Bréfritari: Aðalbjartur Bjarnason (Albert Arnason)
Dagsetning: A-1890-03-02
Skrifað á: Vesturheimi

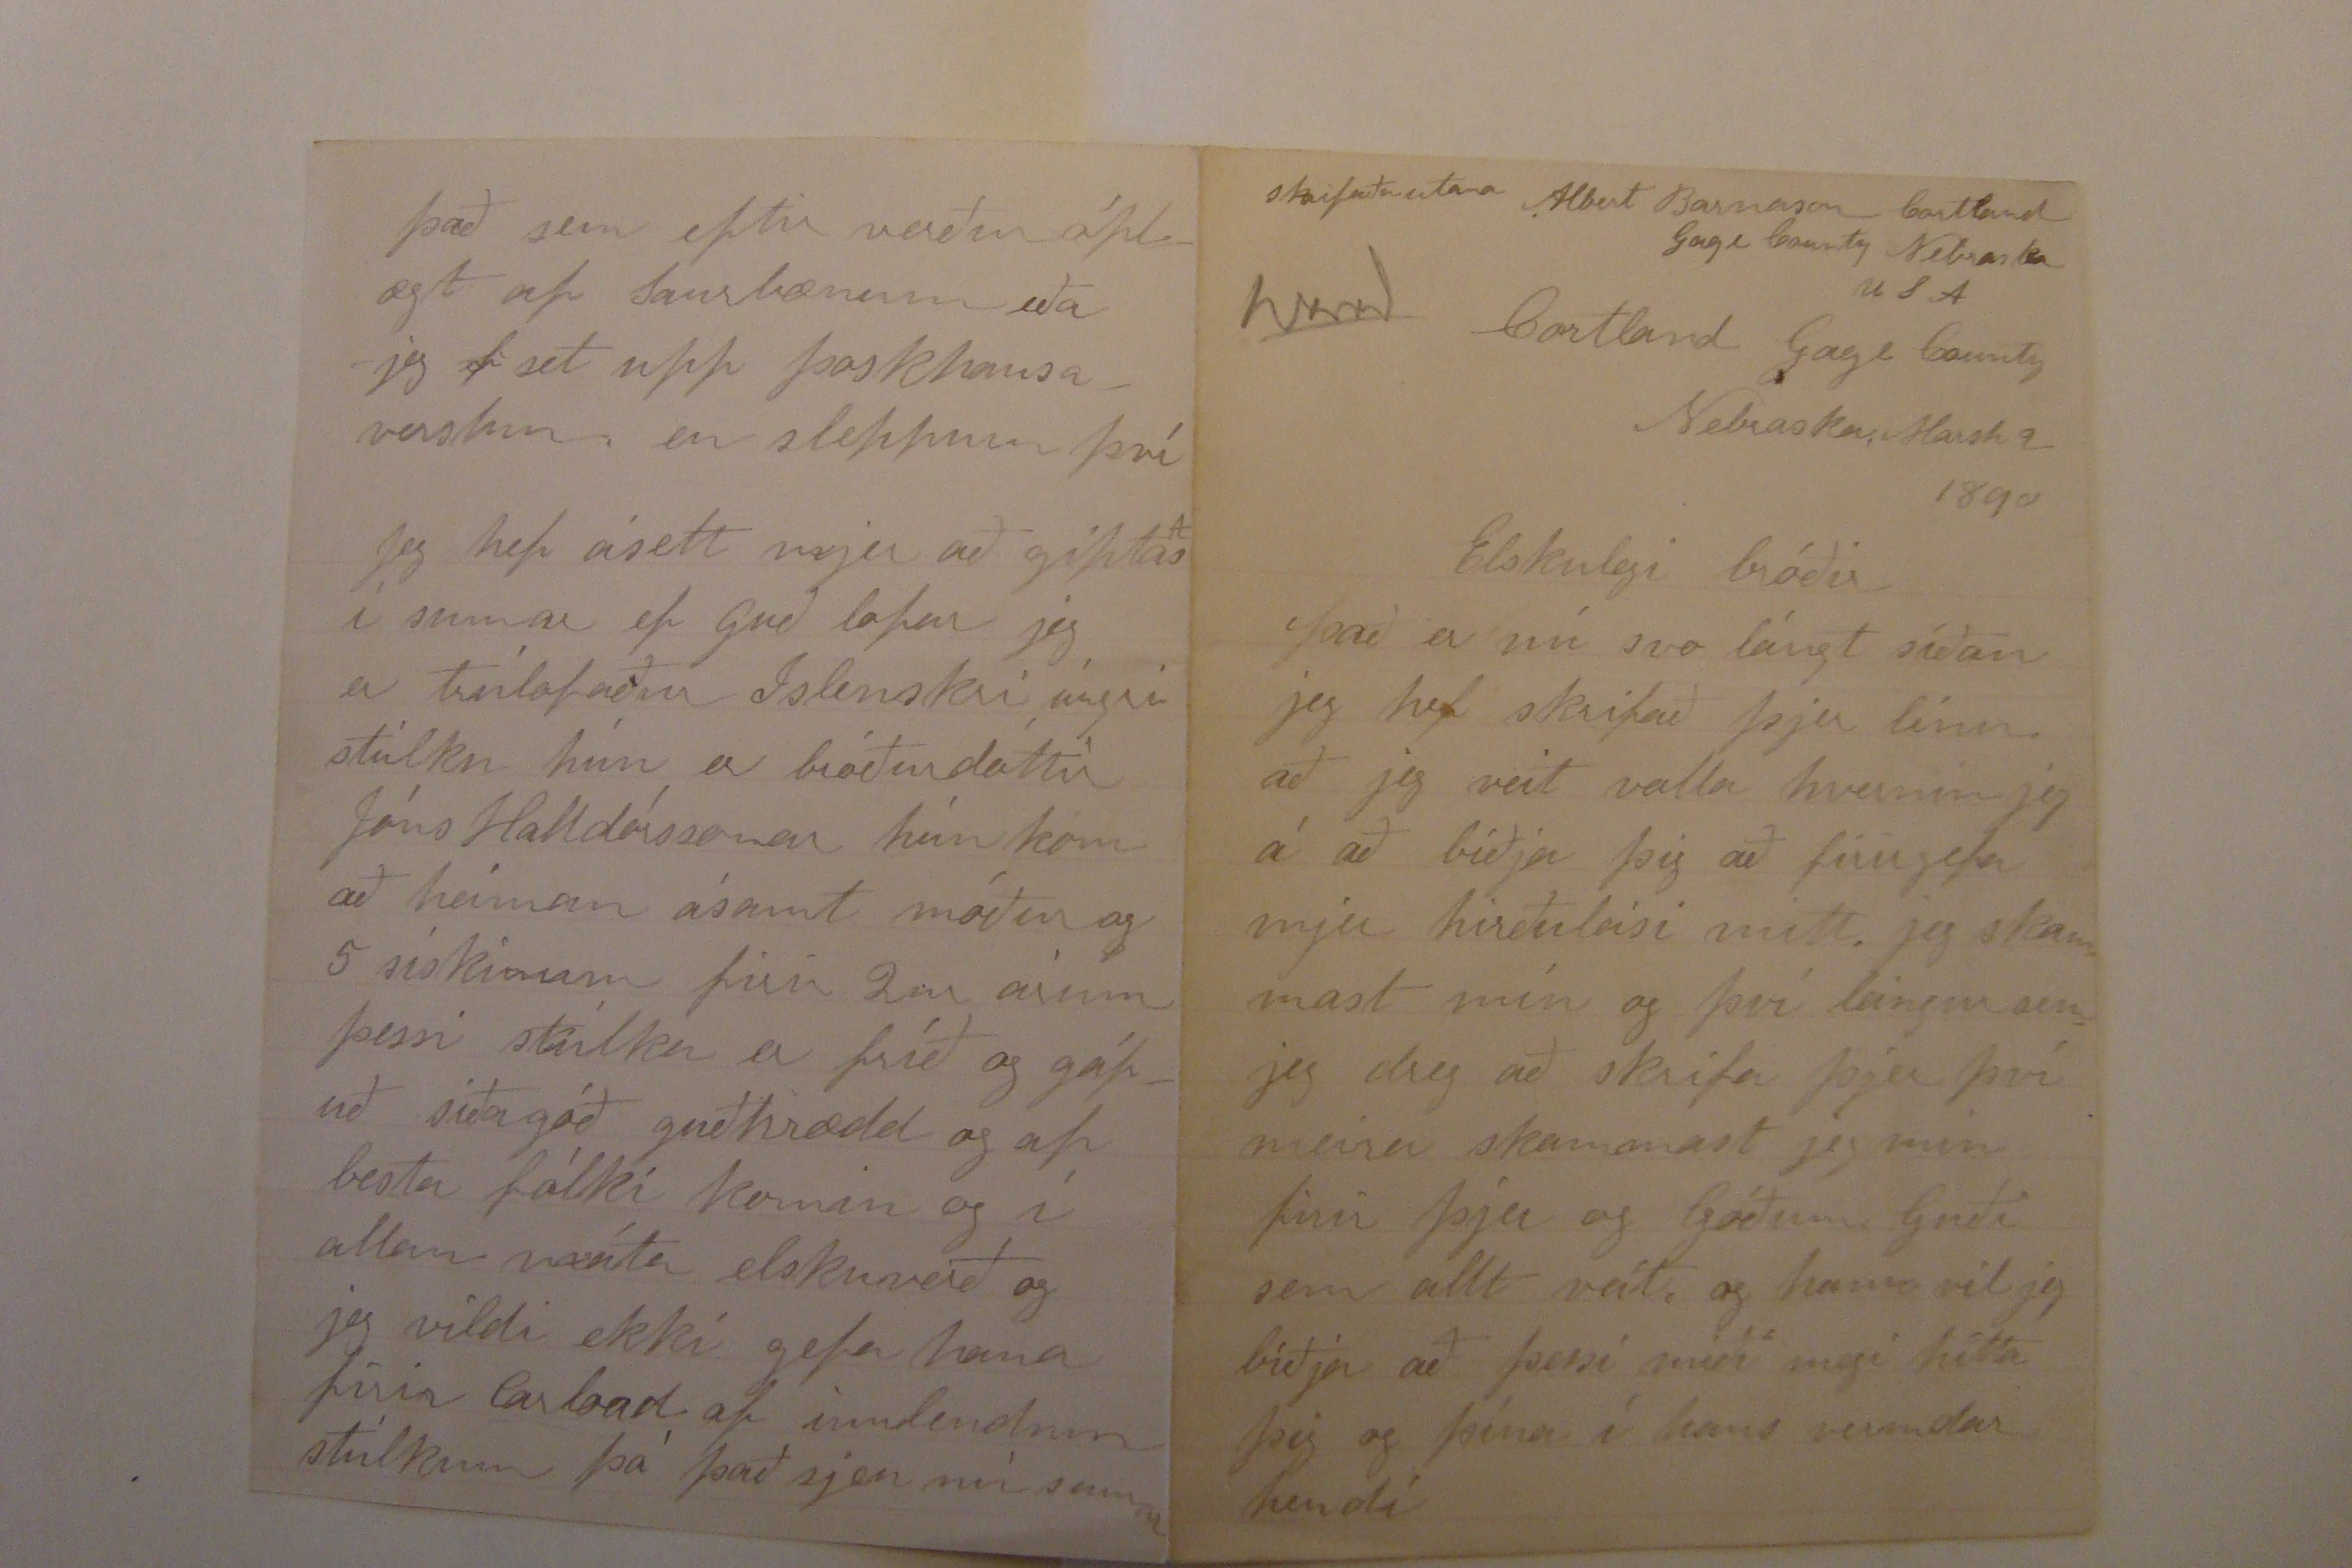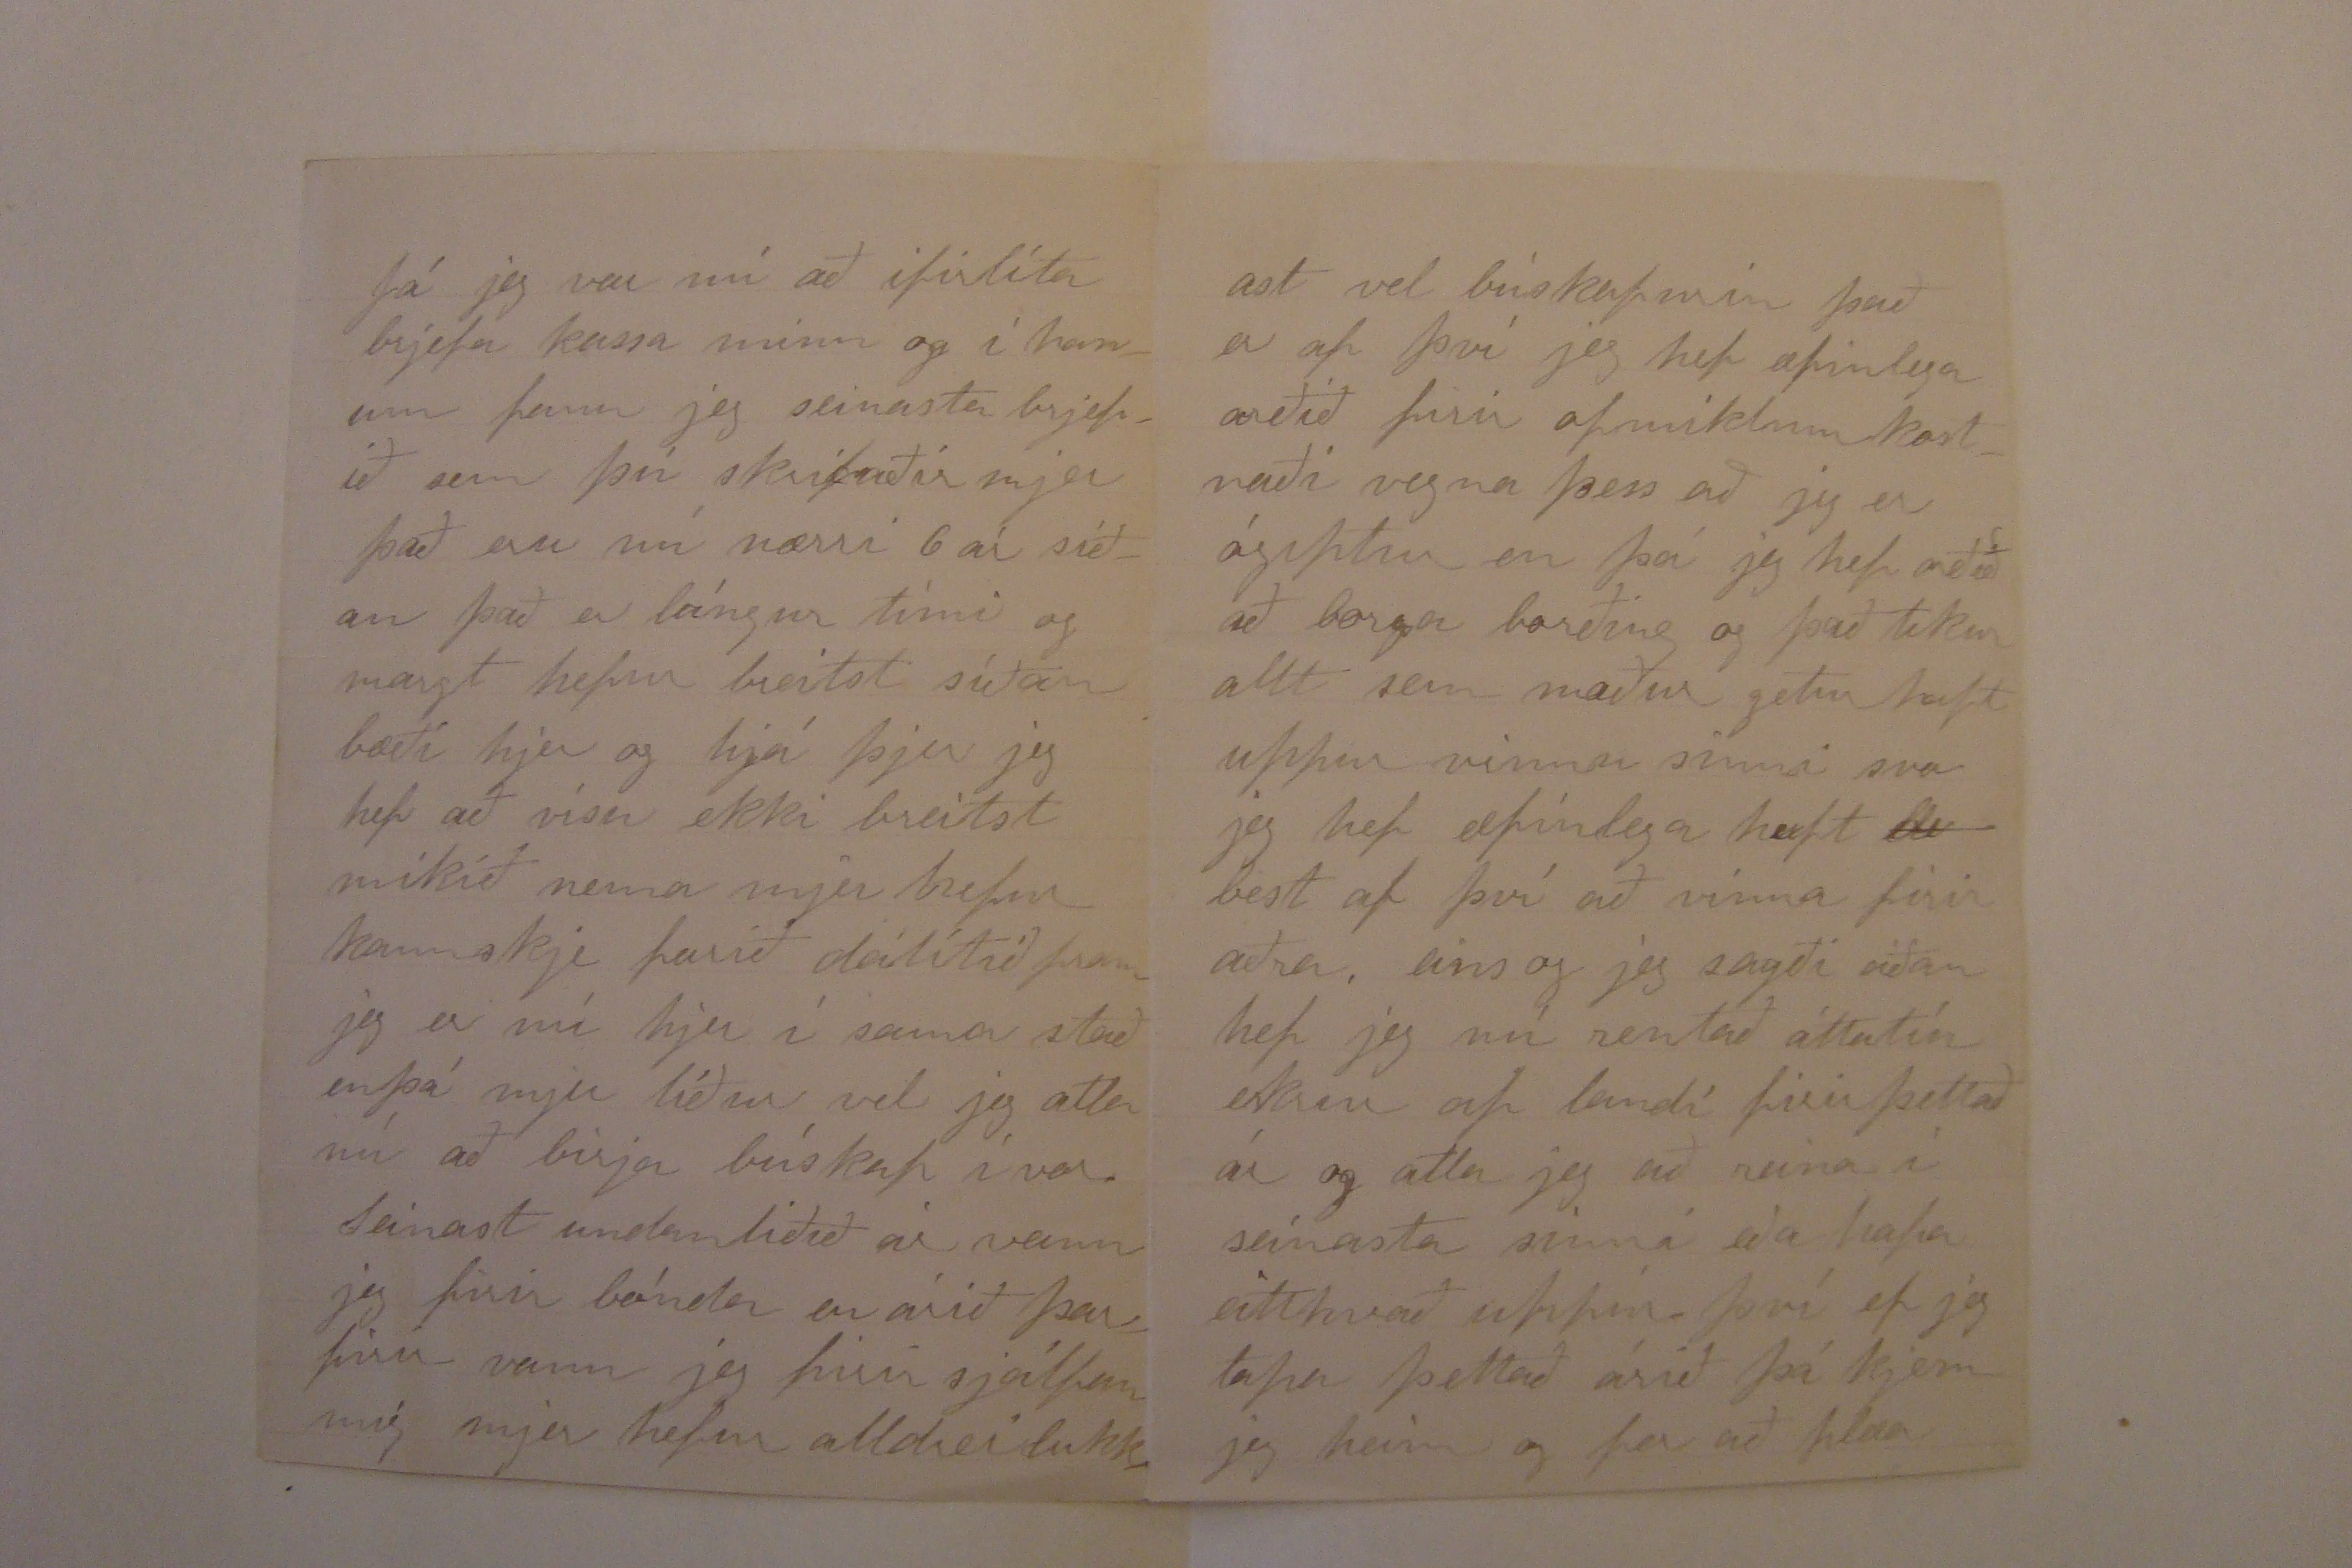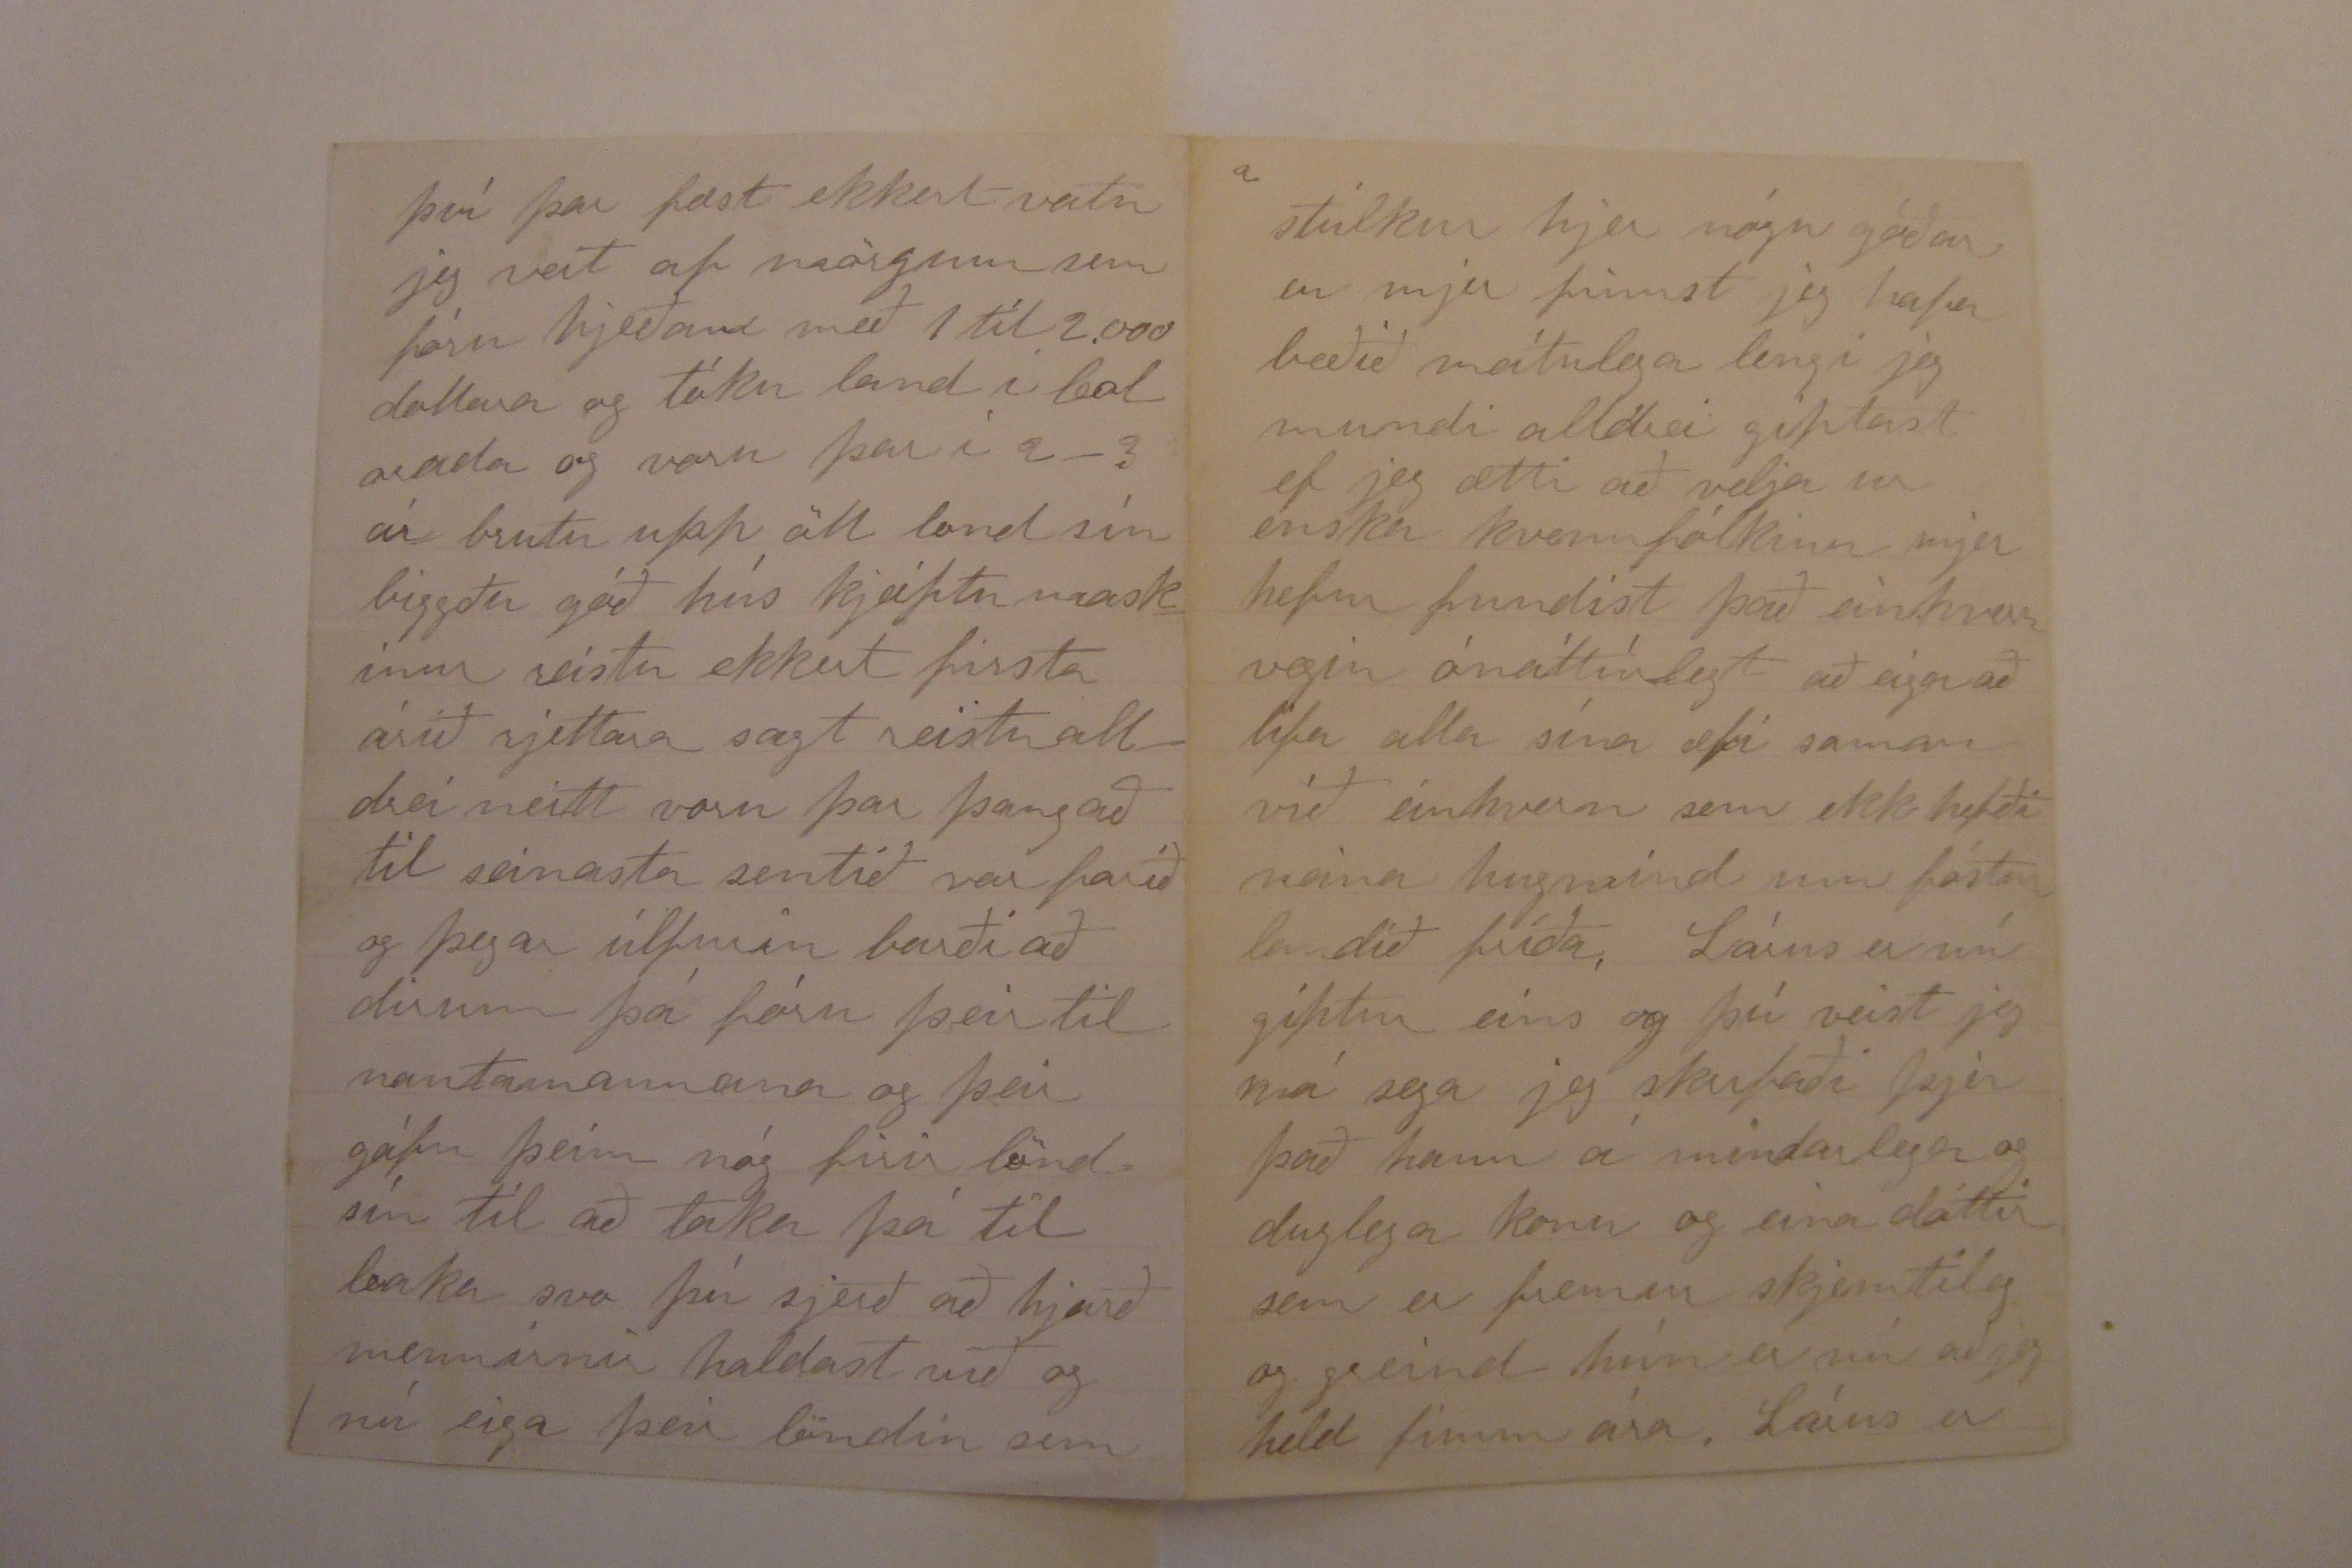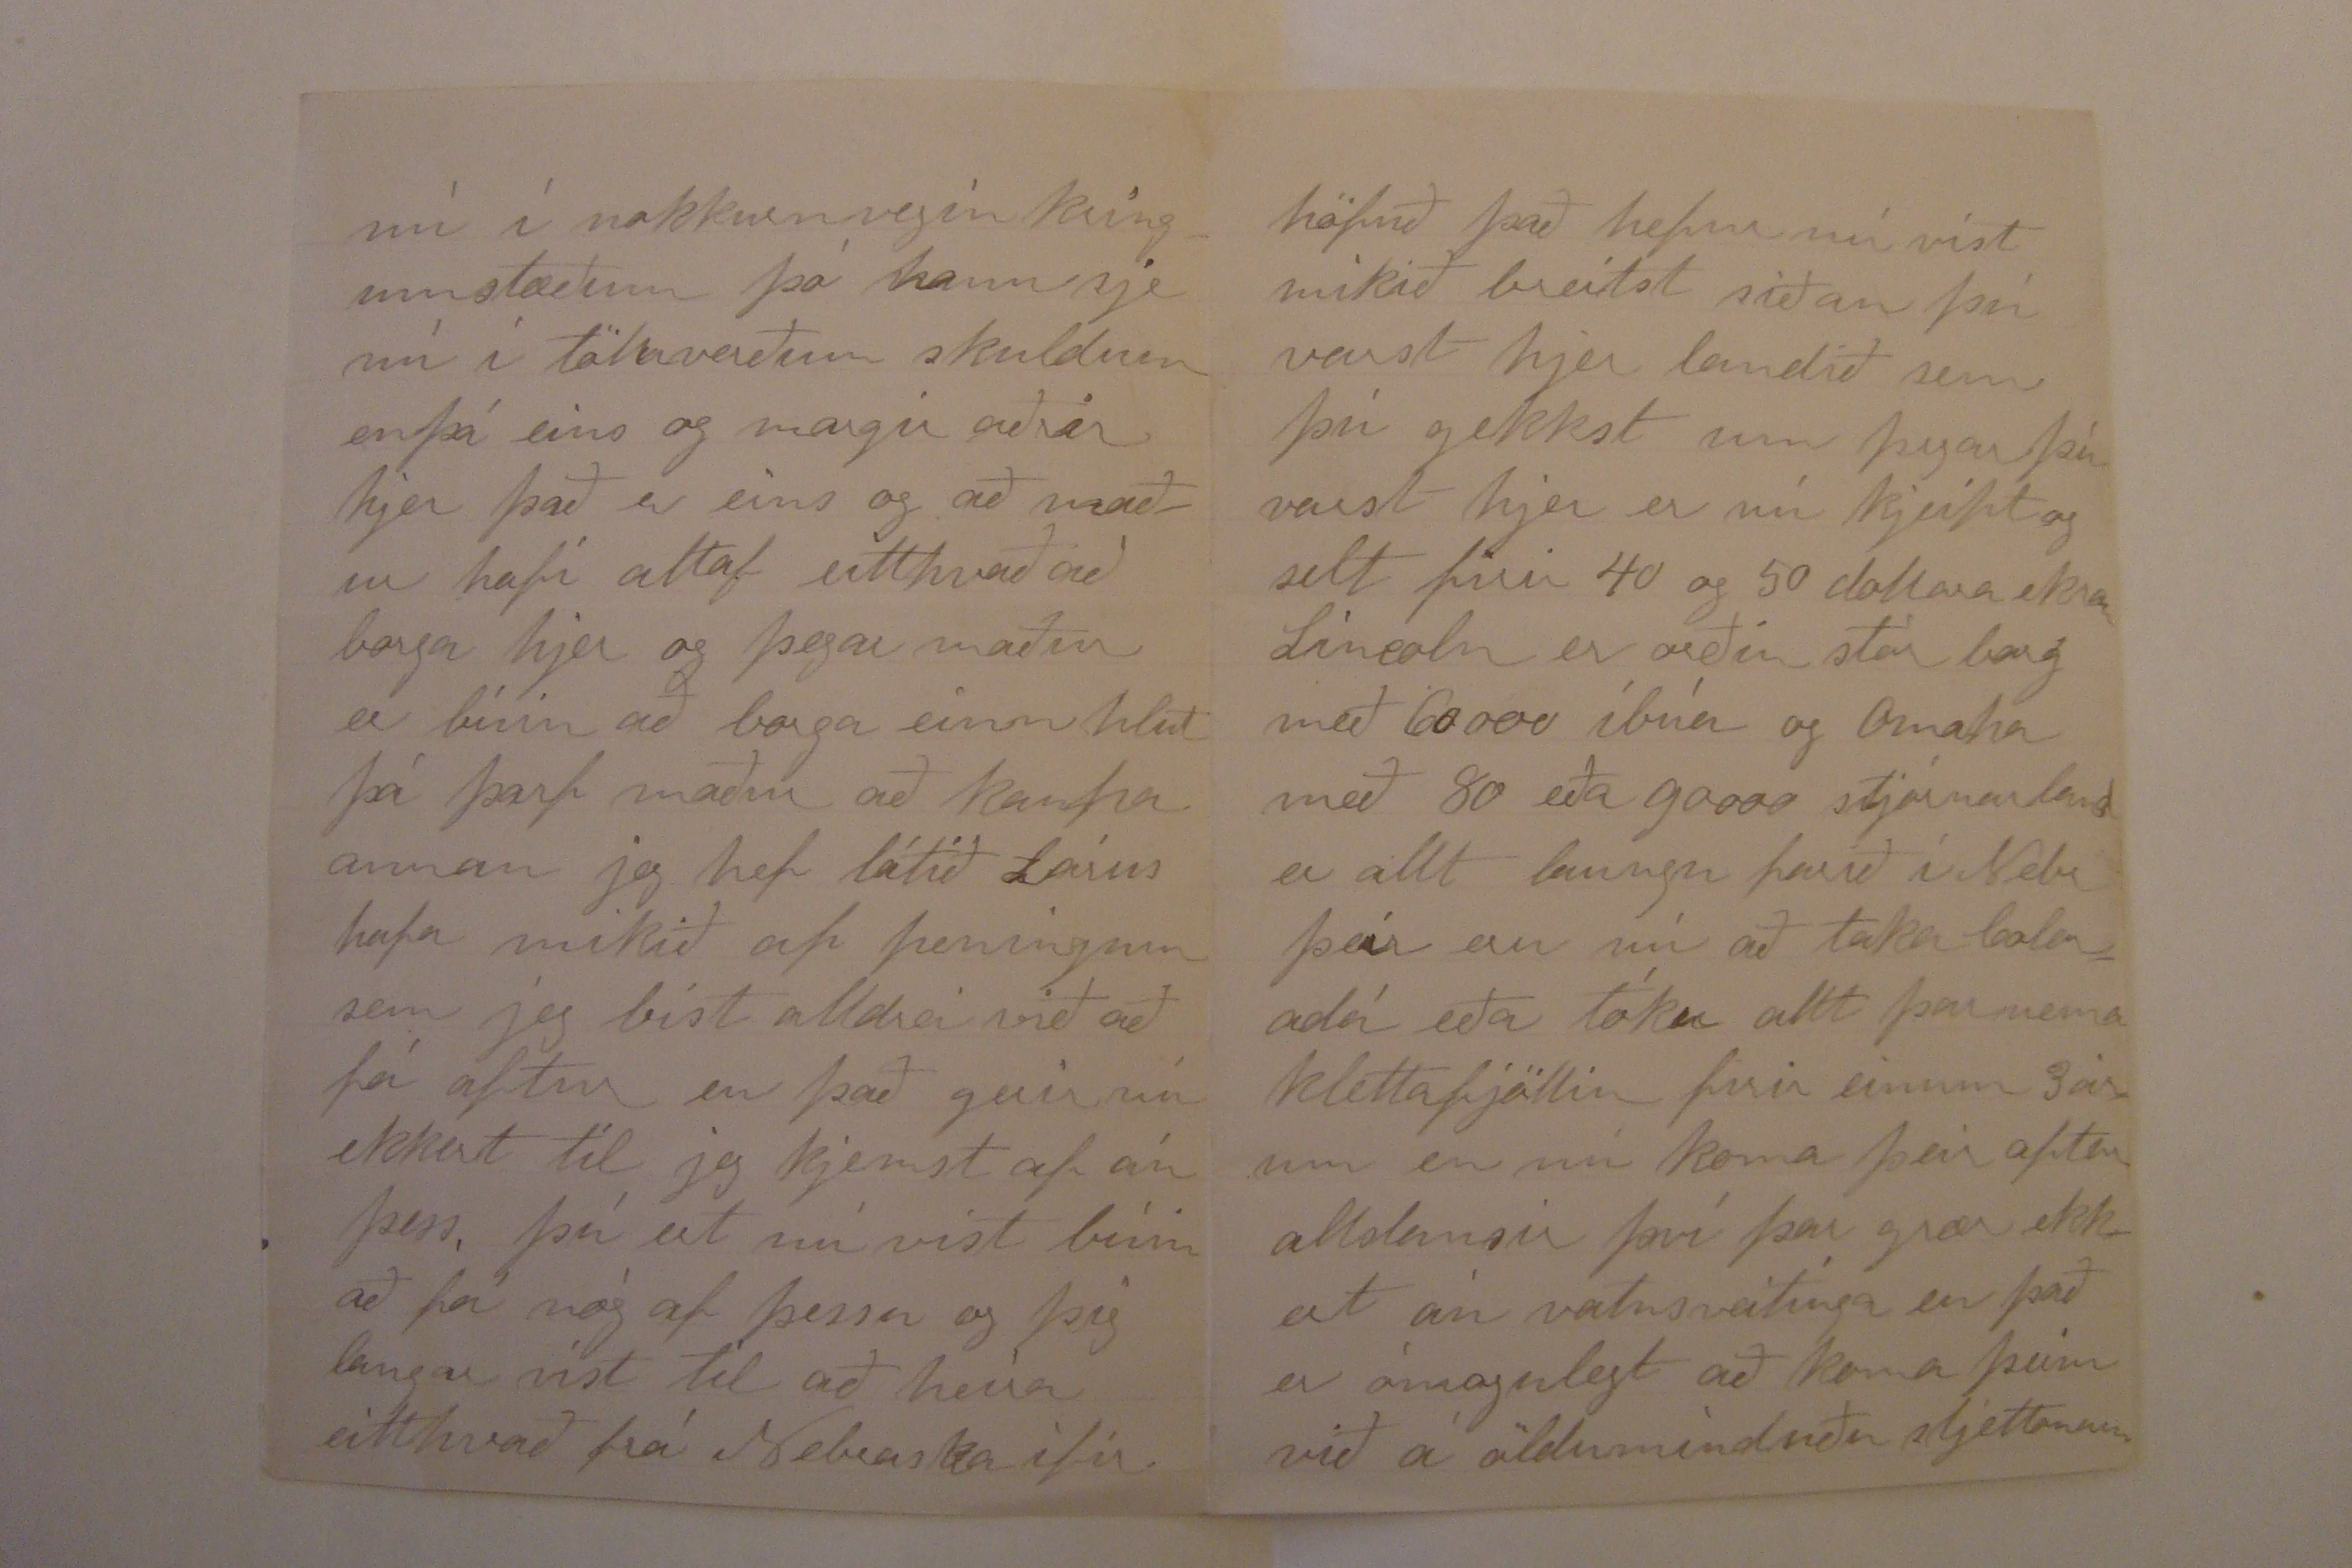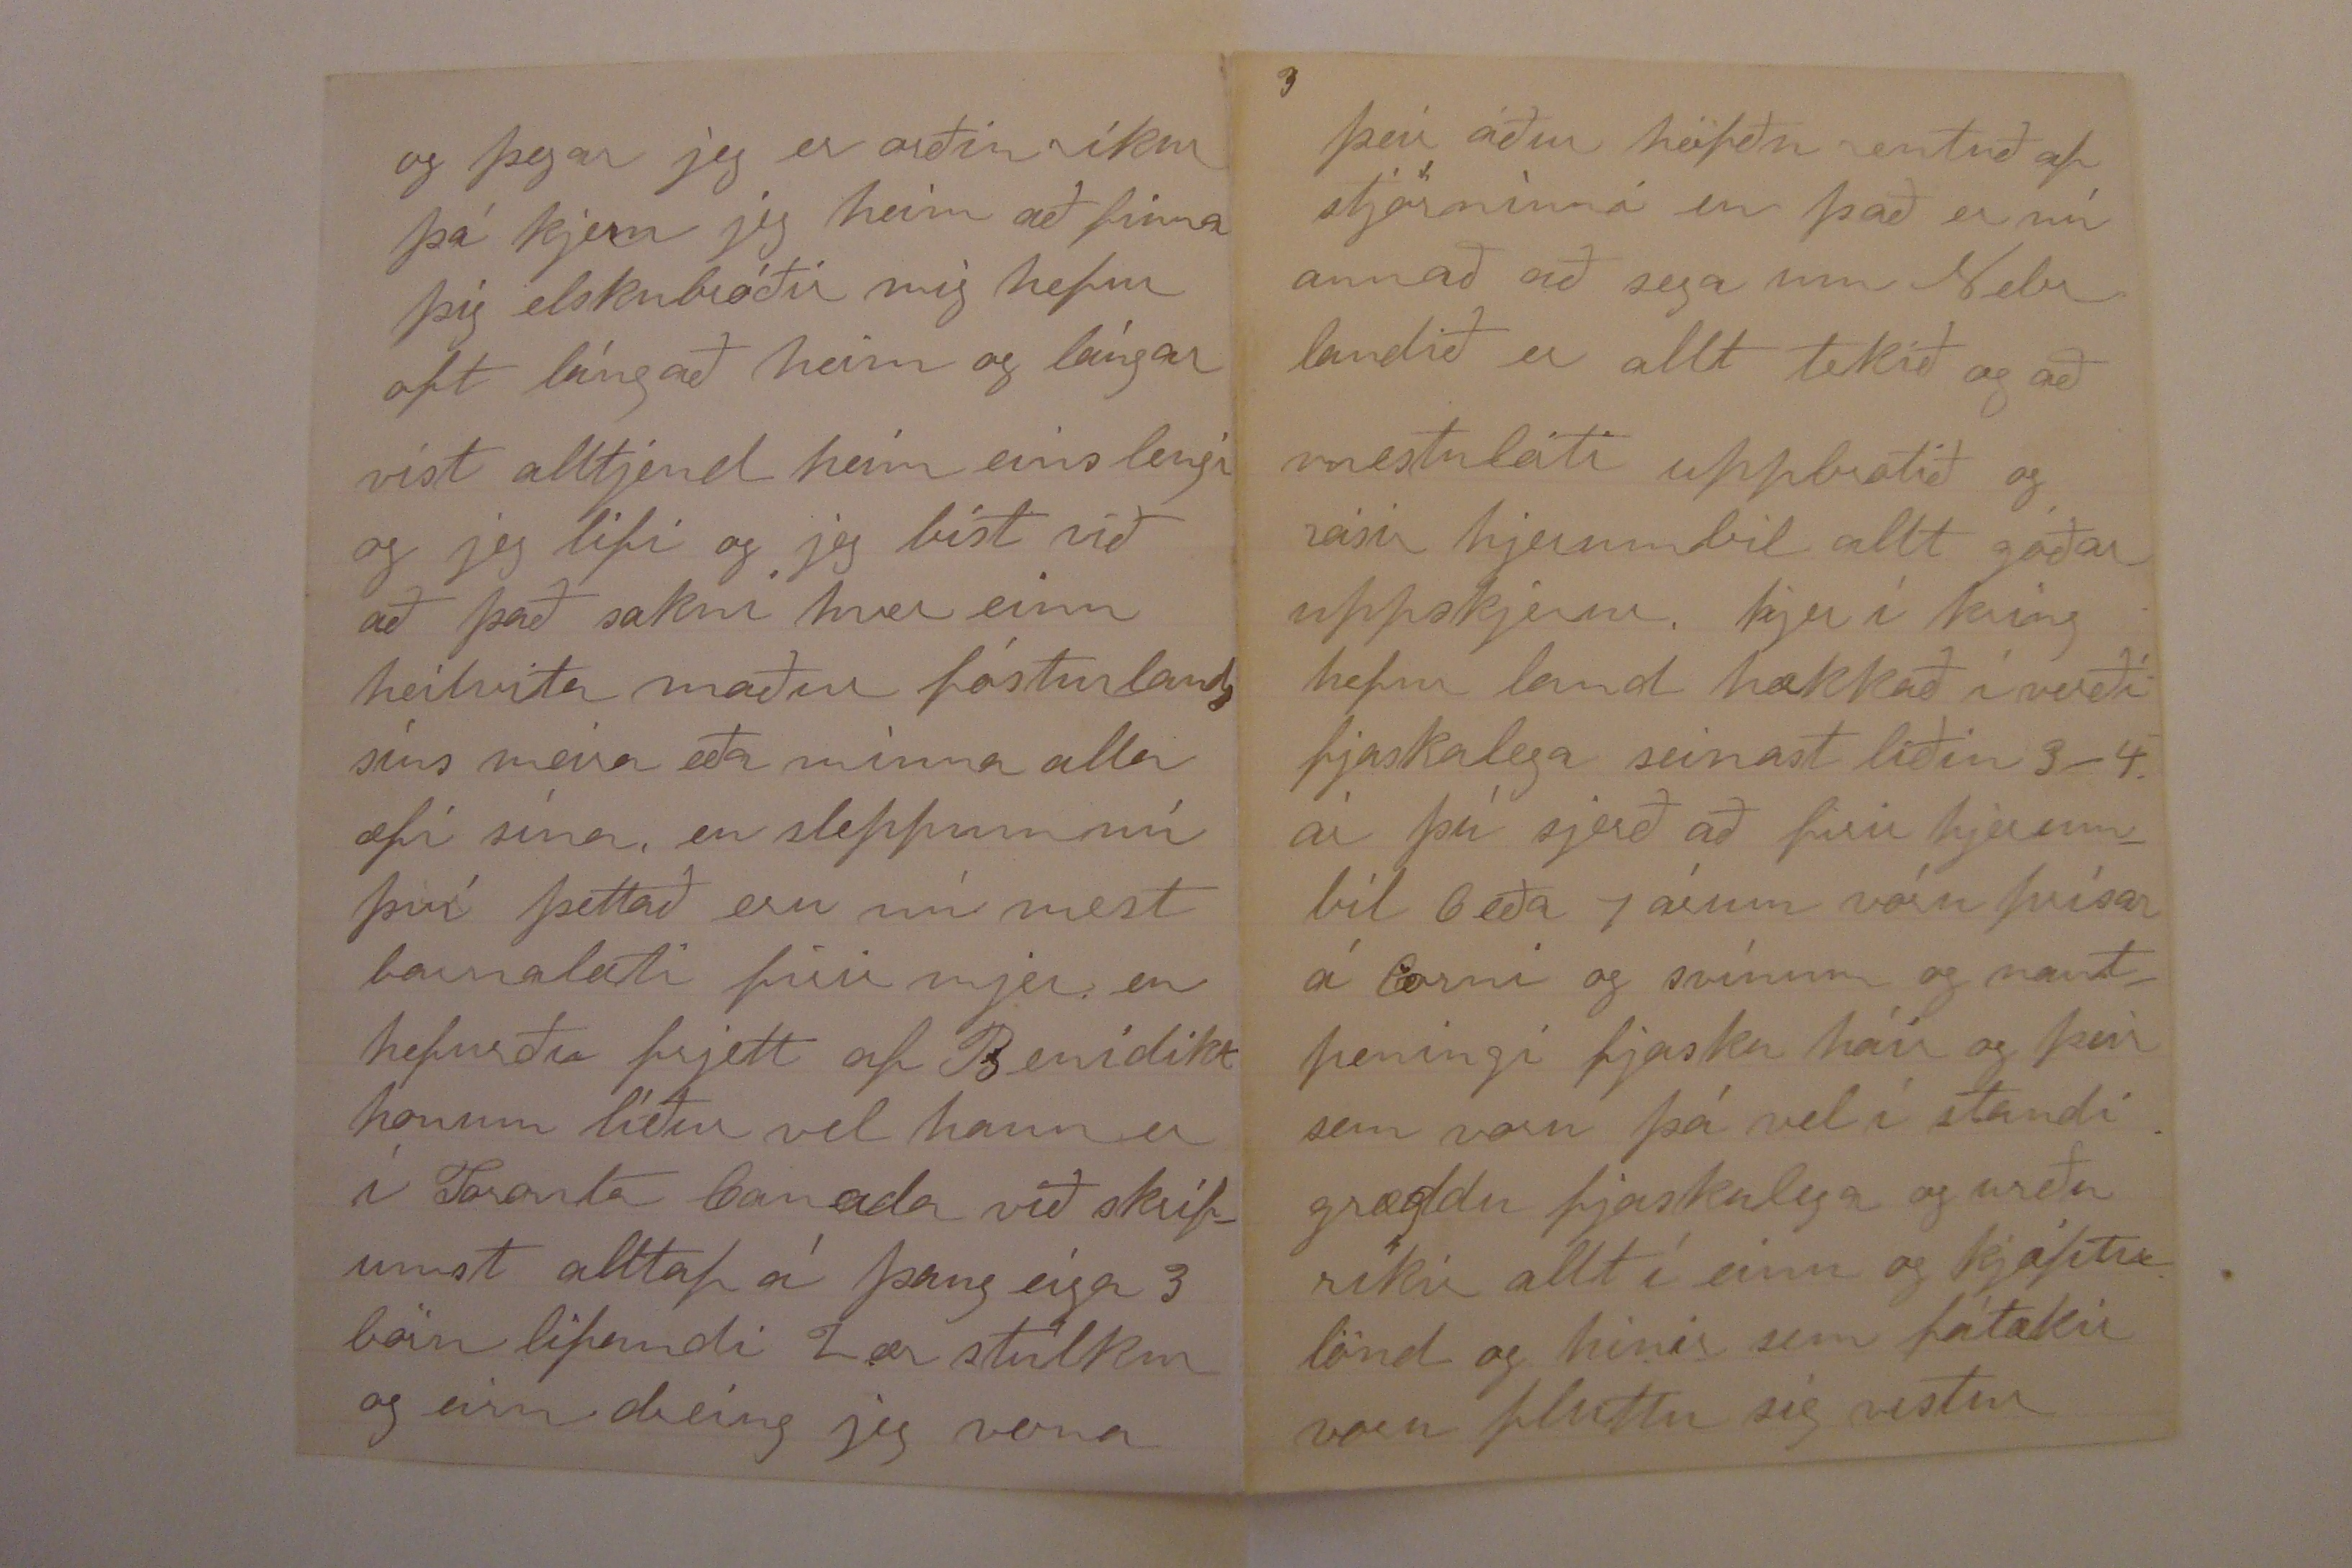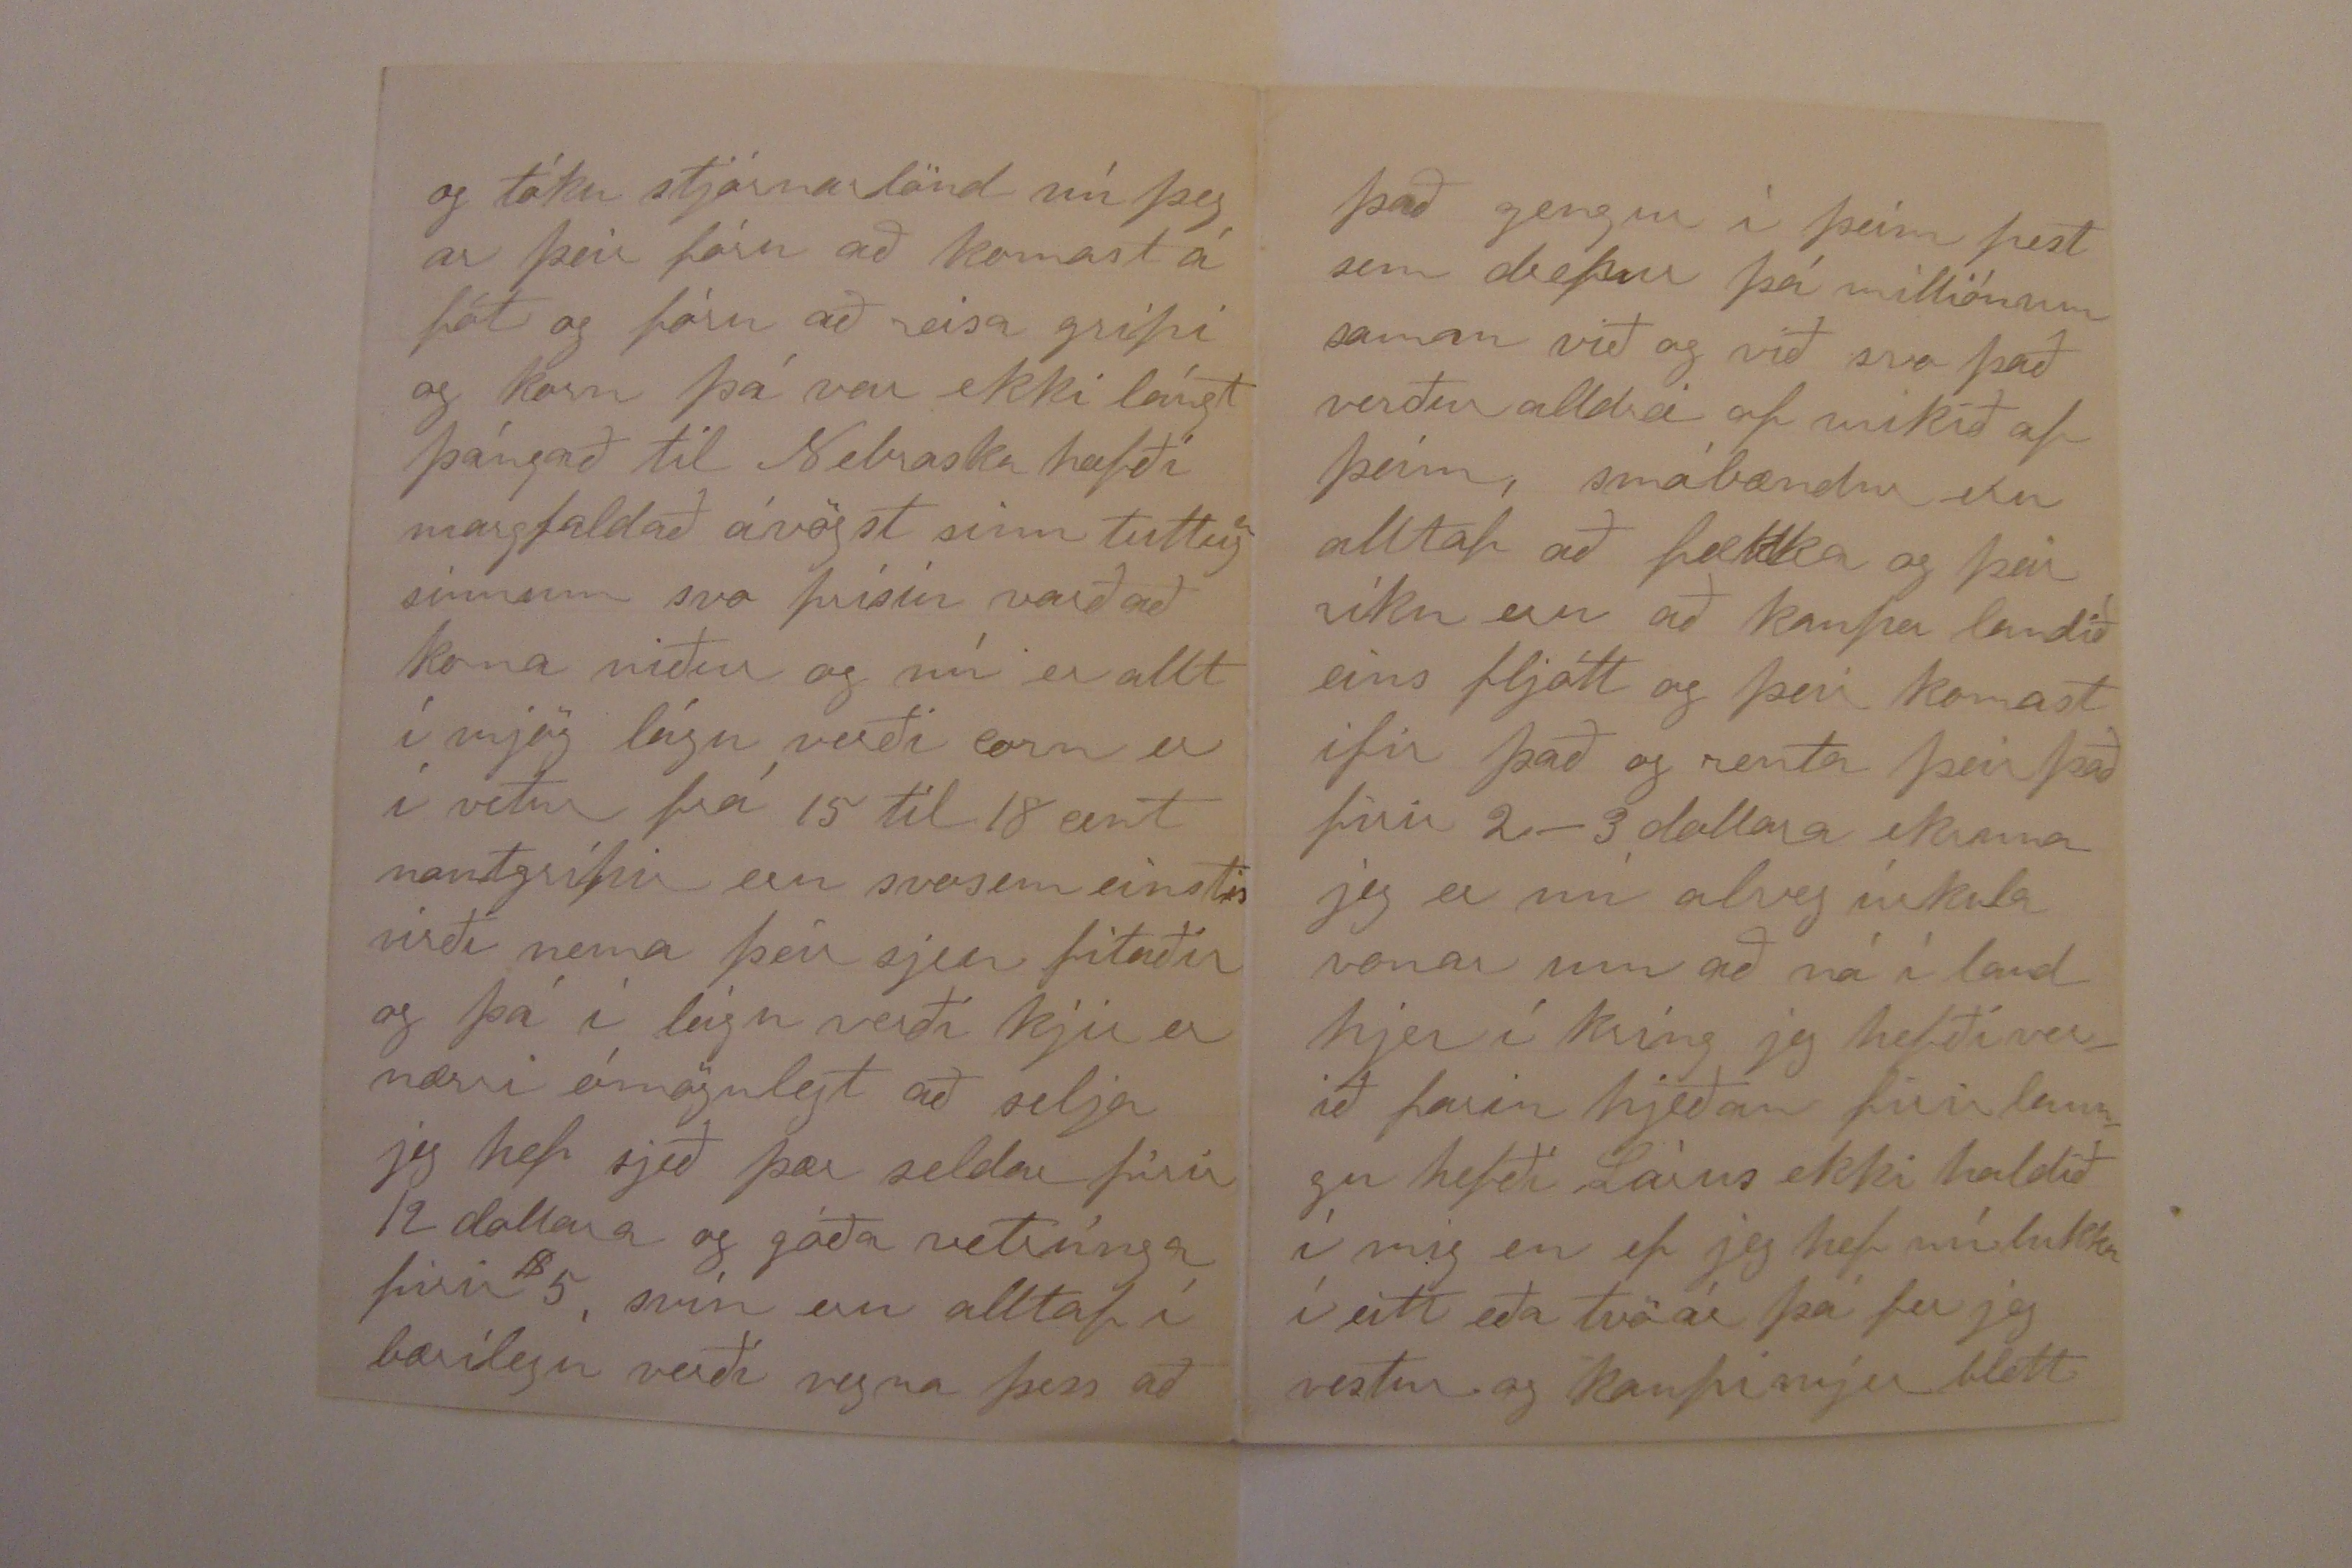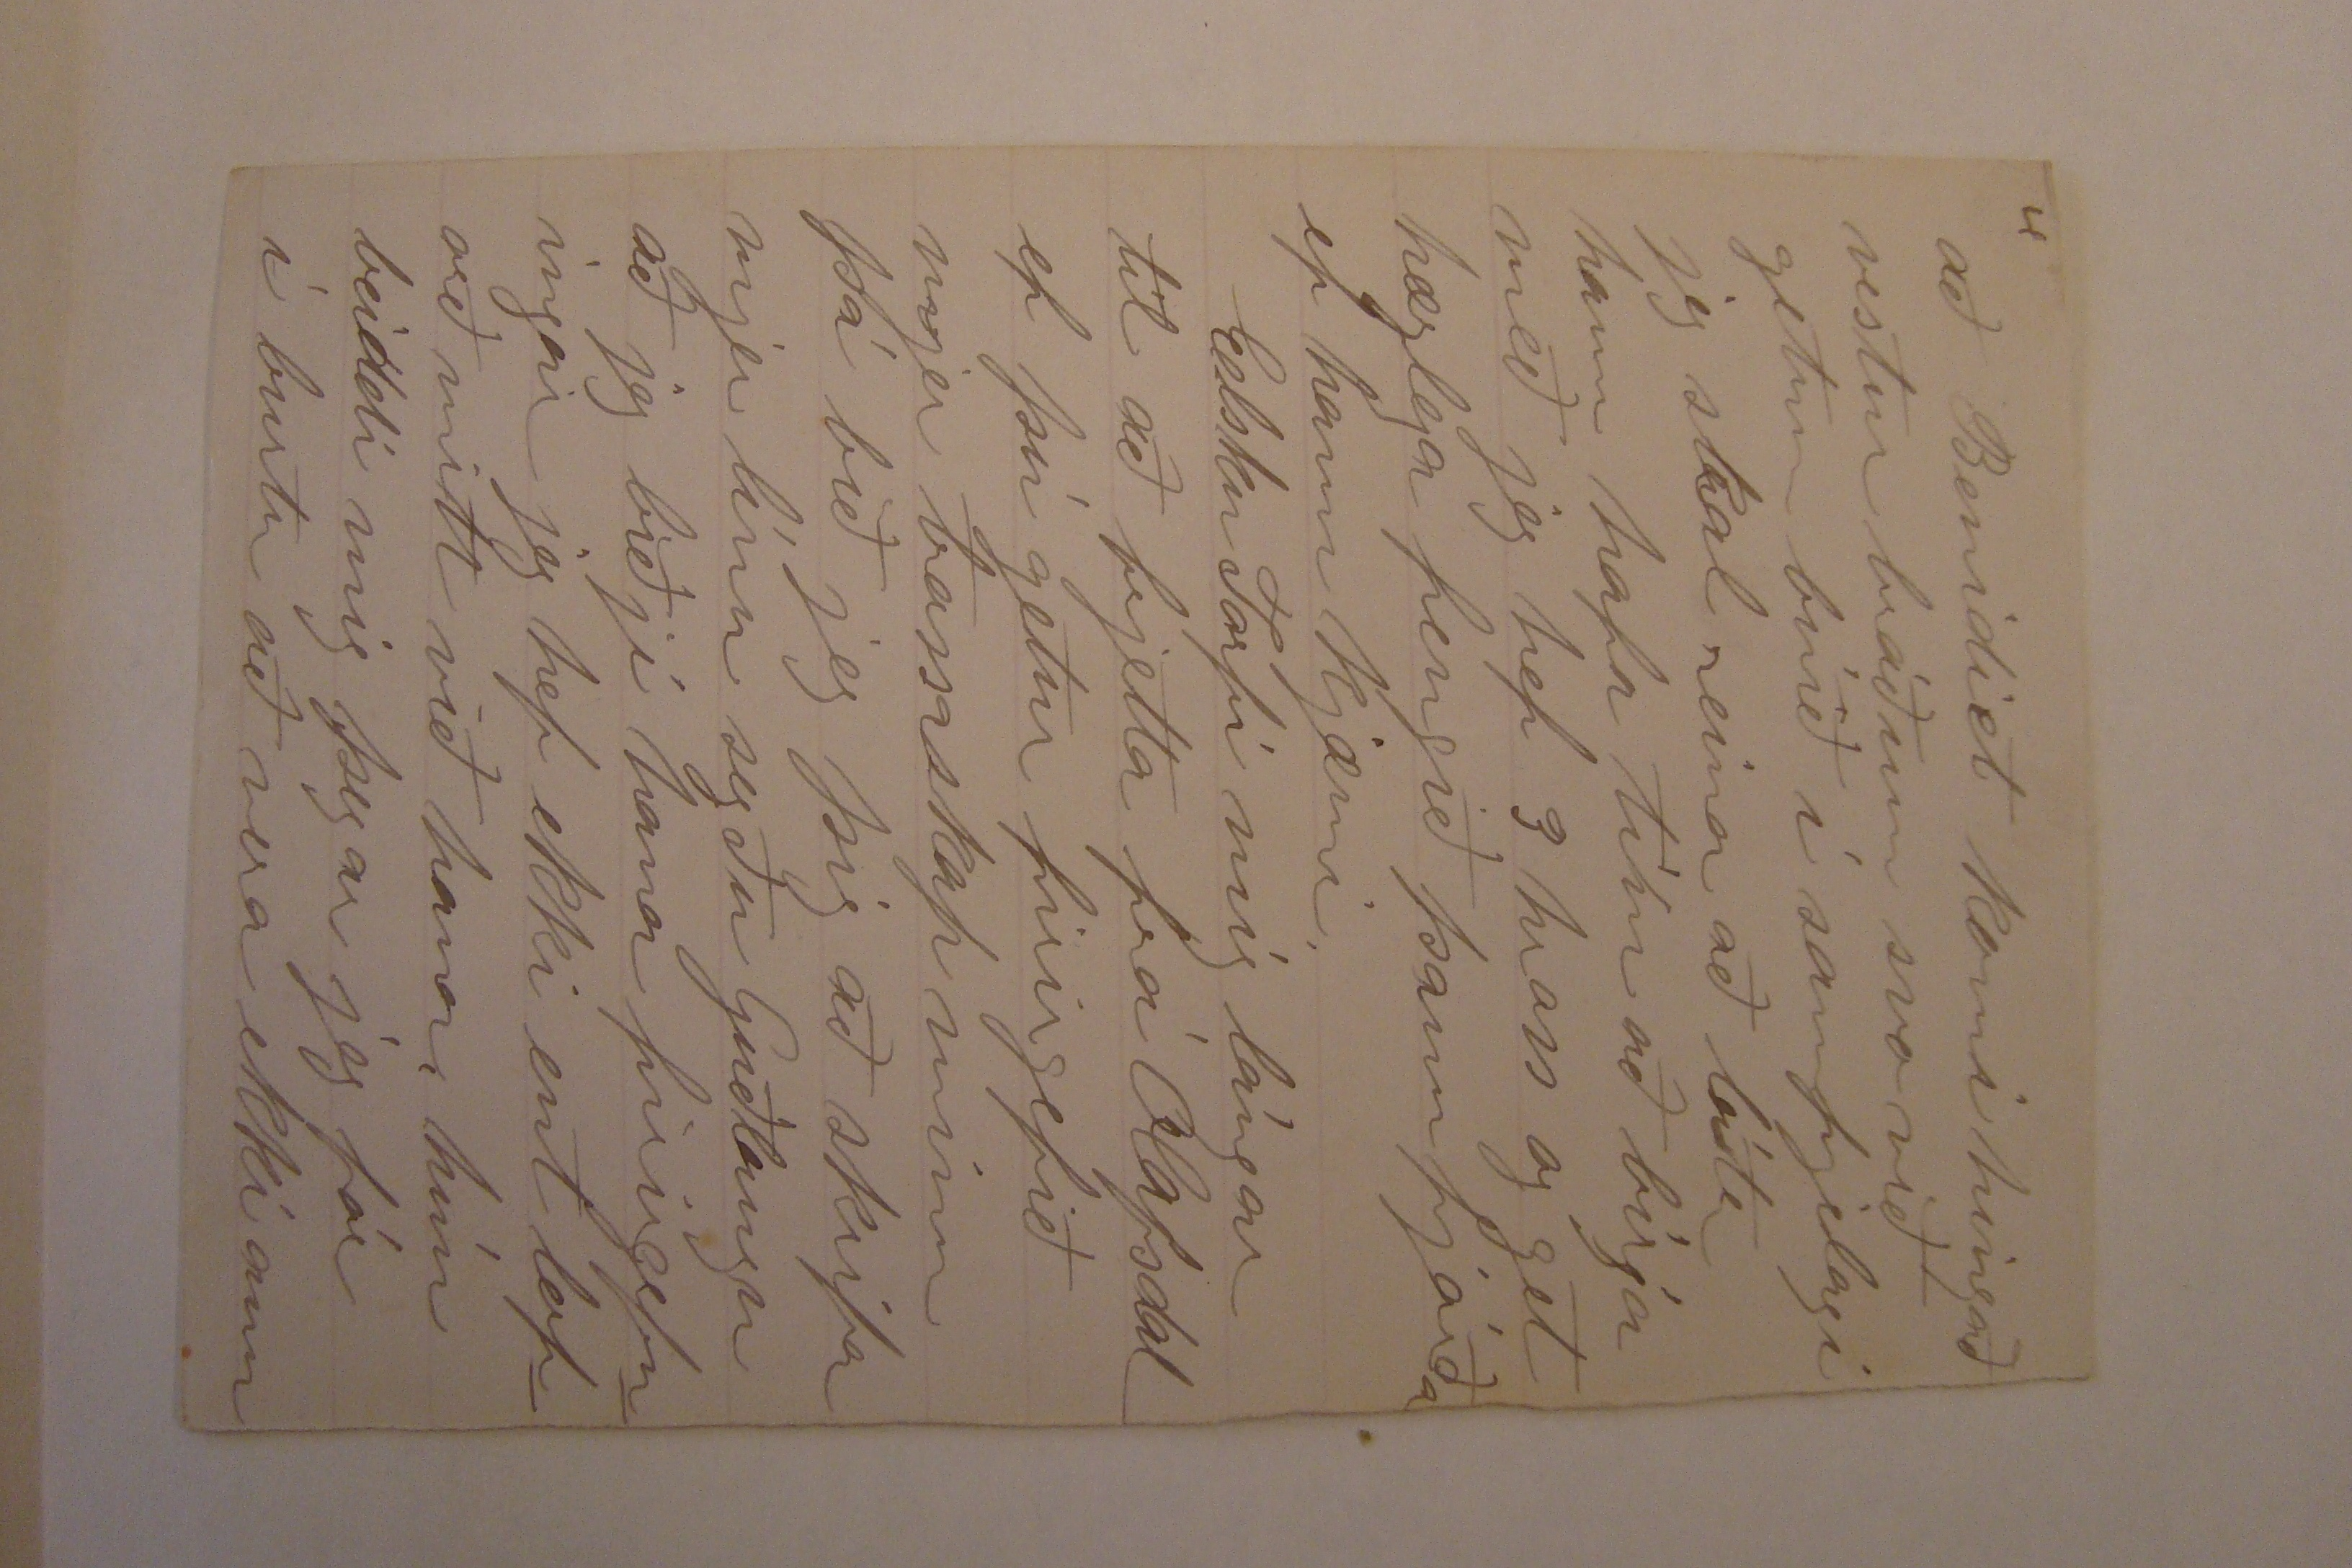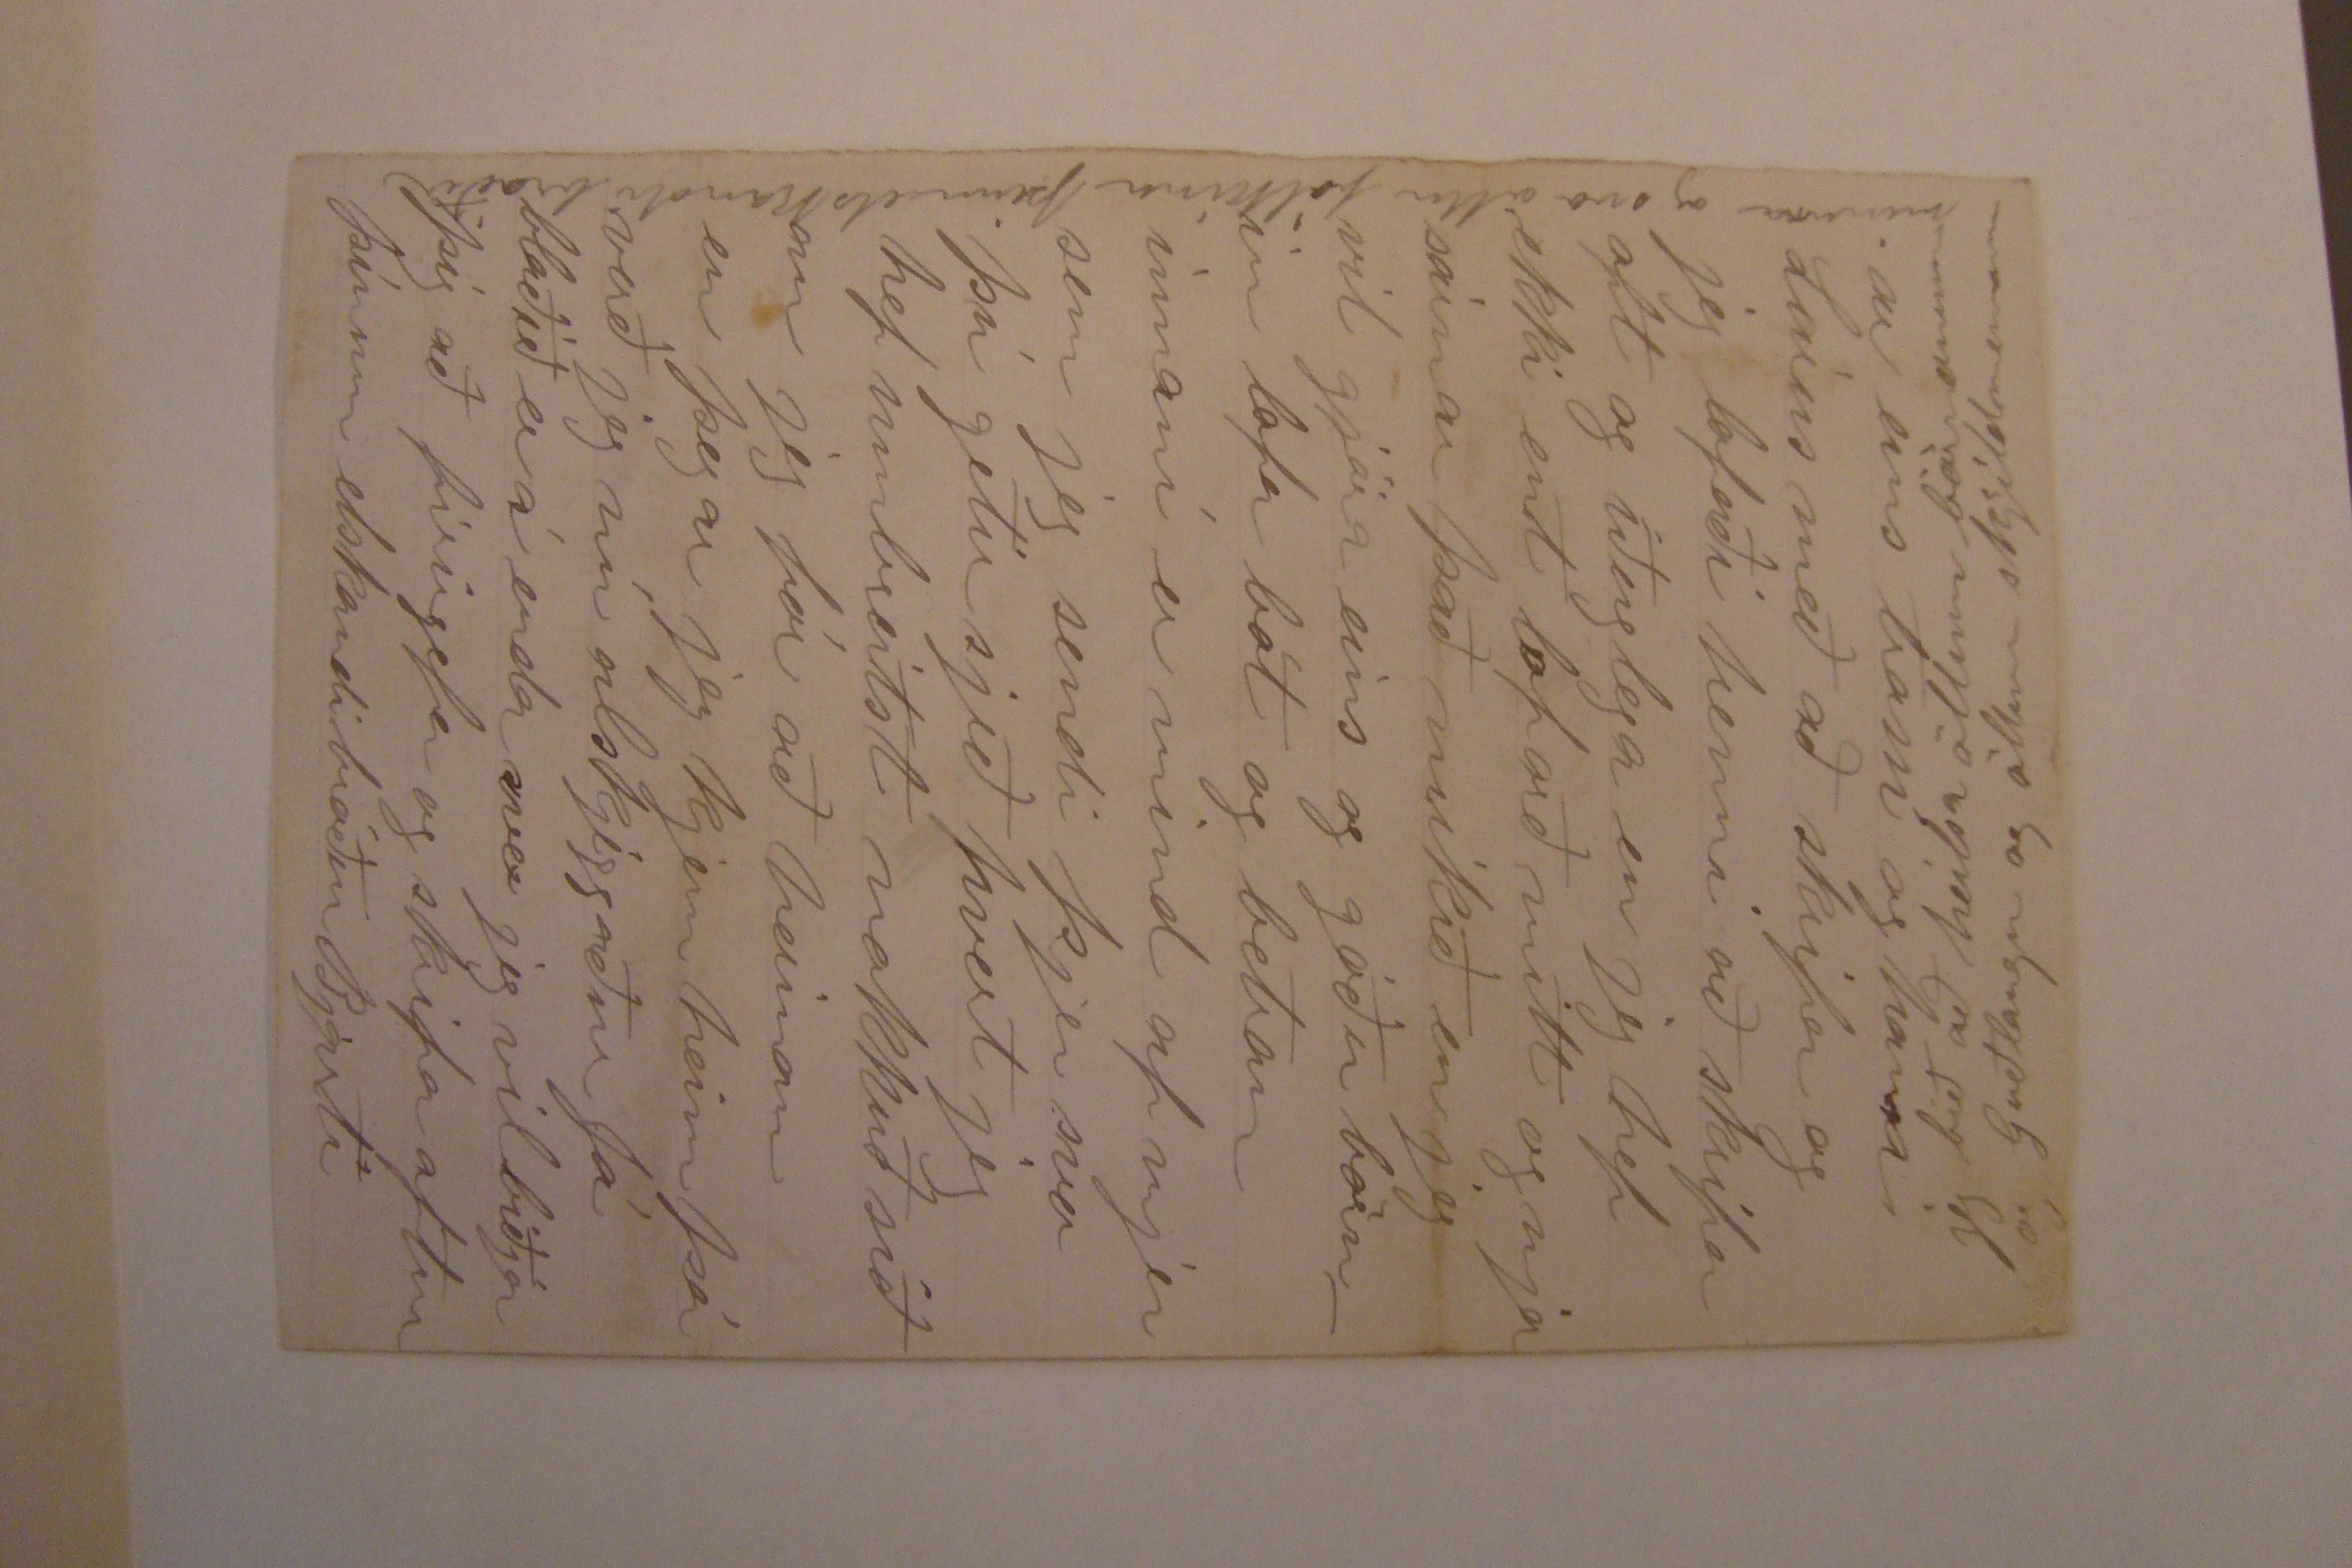

Skrifaðu utaná Albert Bjarnason Cortland Gage County Nebraska U.S.A.
Cortland Gage County Nebraska, Marsh 2 1890
Elskulegi bróðir
Það er nú svo lángt síðan jeg hef skrifað þjer línu að jeg veit valla hvernin jeg á að biðja þig að firirgefa mjer hirðuleisi mitt. jeg skammast mín og því leingur sem jeg dreg að skrifa þjer því meira skammast jeg mín firir þjer og Góðum Guði sem allt veit og hann vil jeg biðja að þessi miði megi hitta þig og þína í hans verndar hendi
Já jeg var nú að ifirlíta brjefa kassa minn og í honum fann jeg seinasta brjefið sem þú skrifaðir mjer það eru nú nærri 6 ár síðan það er lángur tími og margt hefur breitst síðan bæði hjer og hjá þjer jeg hef að vísu ekki breitst mikið nema mjer hefur kannskje farið dálítið fram jeg er nú hjer í sumar stað enþá mjer líður vel jeg ætla nú að birja búskap í vor Seinast undanliðið ár vann jeg firir bónda en árið þar firir vann jeg firir sjálfan mig mjer hefur alldrei lukk
ast vel búskapurinn það er af því jeg hef æfinlega orðið firir of miklum kostnaði vegna þess að jeg er ógiptur en þá jeg hef
náð
að borga
borðina
og það tekur allt sem maður getur haft uppur vinnu sinni svo jeg hef æfinlega haft
00
best af því að vinna firir aðra eins og jeg sagði áðan hef jeg nú rentað áttatíu ekru af landi firir þettað ár og ætla jeg að reina í seinasta
sumar
eða hafa eitthvað uppúr því ef jeg tapa þettað árið þá kjem jeg heim og fer að plæa
það sem eptir verður óplægt af Saurbænum eða jeg
0
set upp þoskhausa vaskin en sleppur því jeg hef ásett mjer að giptast í sumar ef guð lofar jeg er trúlofaður Islenskri úngri stúlku hún er bróðurdóttir Jóns Halldórssonar hún kom að heiman ásamt móður og 5 siskinum firir 2ur árum þessi stúlka er fríð og gáfuð siðagóð guðhrædd og af besta fólki komin og í allan máta elskuverð og jeg vildi ekki gefa hana firir
casload
af innlendum stúlkum þó það sjeu nú sumar
stúlkur hjer nógu góðar en mjer finnst jeg hafa beðið mátulega lengi jeg mundi aldrei giptast ef jeg ætti að velja ur enska kvennfólkinu mjer hefur fundist það einhvern vegin ónáttúrlegt að eiga að lifa alla sína æfi saman við einhvern sem ekki hefði neina hugmind um fóstur landið fríða, Lárus er nú giptur eins og þú veist jeg má sega jeg skrifaði þjer það hann á mindarlega og duglega konu og eina dóttir sem er fremur skjemtileg og greind hún er nú að jeg held fimm ára. Lárus er
nú í nokkurnvegin kringumstæðum þó hann sje nú í töluverðum skuldum enþá eins og margir aðrir hjer það er eins og að maður hafi altaf eitthvað að borga hjer og þegar maður er búin að borga einn hlut þá þarf maður að kaupa annan jeg hef látið Lárus hafa mikið af peningum sem jeg bíst alldrei við að fá aftur en það gerir nú ekkert til jeg kjemst af án þess, þú ert nú víst búin að fá nóg af þessu og þig langar víst til að heira eitthvað frá Nebraska ifir
höfuð það hefur nú víst mikið breitst síðan þú varst hjer landið sem þú gekkst um þegar þú varst hjer er nú kjeipt og selt firir 40 og 50 dollara ekran Lincoln er æði stór borg með 60000 íbúa og Omaha með 80 eða 90000 stjórnarland er allt laungu farið í Nebr þeir eru nú að taka Colorado eða tóku allt þar nema klettafjöllin firir einum 3 árum en nú koma þeir aptur allslausir því þar grær ekkert án vatnsveitínga en það er ánæjulegt að koma þeim við á ölduminduðu sljettunum
því þar fæst ekkert vatn jeg veit af mörgum sem fóru hjeðan með 1 til 2000 dollara og tóku land í Colorado og voru þar í 2-3 ár brutu upp öll lond sín biggðu góð hús kjeiptu maskínu reistu ekkert firsta árið rjettara sagt reistu alldrei neitt voru þar þangað til seinasta sentið var farið og þegar úlfurin barði að dirum þá fóru þeir til nautamannana og þeir gáfu þeim nóg firir lönd sín til að taka þá til baka svo þú sjerð að hjarðmennirnir haldast við og nú eiga þeir löndin sem
þeir áður höfðu rentað af stjórninni en það er nú annað að sega um Nebr landið er allt tekið og að mestuleiti uppbrotið og
reisir
hjerumbil allt góða uppskjeru hjer í kring hefur land hækkað í verði fjaskalega seinast liðin 3-4 ár þú sjerð að firir hjerumbil 6 eða 7 árum vóru prísar á corni og svínum og nautpeningi fjarska háir og þeir sem voru þ á vel í standi græddu fjaskalega og urðu ríkir allt í einu og kjeiptu lönd og hinir sem fátækir voru fluttu sig vestur
og tóku stjórnarlönd nú þegar þeir fóru að komast á fót og fóru að reisa gripi og korn þá var ekki lángt þángað til Nebraska hafði margfaldað ávögst sinn tuttugu sinnum svo prísin varð að koma niður og nú er allt í mjög lágu verði corn er í vetur frá 15 til 18 cent nautgripir eru svo sem einskis virði nema þeir sjeu fitaðir og þá í lágu verði kjír er nærri ómögulegt að selja jeg hef sjeð þær seldar firir 12 dollara og góða vetrúnga fyrir
$
5, svín eru alltaf í bærilegu verði vegna þess að
það gengur í þeim pest sem drepur þá milliónum saman við og við svo það verður aldrei of mikið af þeim, smábændur eru alltaf að fækka og þeir ríku eru að kaupa landið eins fljótt og þeir komast ifir það og renta þeir það firir 2-3 dollara ekruna jeg er nú alveg úrkula vonar um að ná í land hjer í kríng jeg hefði verið farin hjeðan firir laungu hefði Lárus ekki haldið í mig en ef jeg hef nú lukku í eitt eða tvö ár þá fer jeg vestur og kaupi mjer blett
og þegar jeg er orðin ríkur þá kjem jeg heim að finna þig elsku bróðir mig hefur opt lángað heim og lángar víst alltjend heim eins lengi og jeg lifi og jeg bíst við að það sakni hver einn heilvita maður fósturlands síns meira eða minna alla æfi sína en sleppum nú því þettað eru nú mest barnalæti firir mjer en hefurðu frjett af Benidikt honum líður vel hann er í Toronto Canada við skrifumst alltaf á þaug eiga 3 börn lifandi 2ær stúkur og eirn dreing jeg vona
að Benidict komi hingað vestur bráðum svo við getum búið í samfjelagi jeg skal reina að láta hann hafa
tilm
að birja með jeg hef 3 hross og get hæglega fengið þann fjórða ef hann kjæmi.
Elsku Torfi mig lángar til að frjetta frá Ólafsdal ef þú getur firirgefið mjer barnaskap minn þá bið jeg þig að skrifa mjer línu segðu Guðlaugu að jeg biðji hana firigefningar jeg hef ekki
ent
loforð mitt við hana, hún beiddi mig þegar jeg fór í burtu að vera ekki ann
ar eins trassi og hann Lárus með að skrifa og jeg lofaði henni að skrifa opt og iðulega en jeg hef ekki emt loforð mitt og mjer sárnar það mikið en jeg vil gjöra eins og góðu börnin lofa bót og betrun innaní er mind af mjer sem jeg sendi þjer svo þú getir sjeð hvert jeg hef umbreitst nokkuð síðan jeg fór að heiman en þegar jeg kjem heim þá verð jeg nú alskjeggaður Já blaðið er á enda svo jeg vil biðja þig að firirgefa og skrifa aptur þínum elskandi bróður Bjarti
jeg bið að heilsa öllum börnonum og Guðlaugu og öllum skjildmennum
mínum og svo öllu fólkinu þinn elskandi bróðir